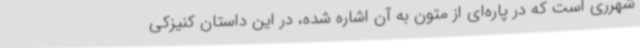
شهرری است که در پاره‌ای از متون به آن اشاره شده، در این داستان کنیزکی